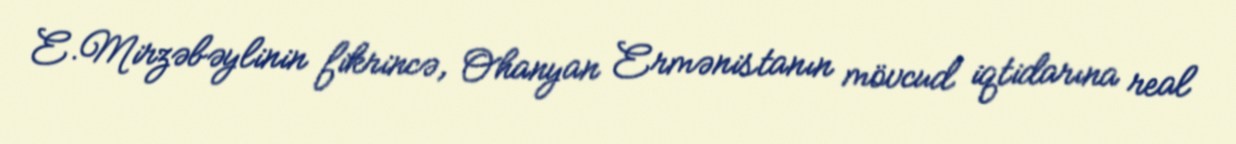
E.Mirzəbəylinin fikrincə, Ohanyan Ermənistanın mövcud iqtidarına real